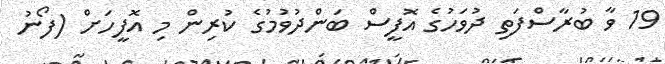
19 ވާ ބުރާސްފަތި ދުވަހުގެ އޮފީސް ބަންދުވުމުގެ ކުރިން މި އޮފީހަށް (ފޯނު